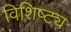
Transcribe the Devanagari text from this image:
विशिष्ट्य